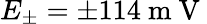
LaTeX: E_{\pm}=\pm 114\mathrm{~m~V~}